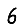
Digit: 6